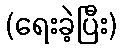
(ရေးခဲ့ပြီး)